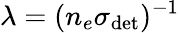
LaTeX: \lambda=(n_{e}\sigma_{\mathrm{det}})^{-1}